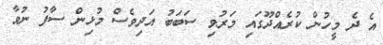
އެ ދެ މީހުން ކުރެއްދޫގައި މަރުވި ސަބަބު އަދިވެސް މުޅިން ސާފު ނުވާ